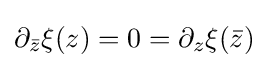
\partial _{\bar {z}}\xi (z)=0=\partial _{z}\xi ({\bar {z}})